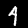
Digit: 4